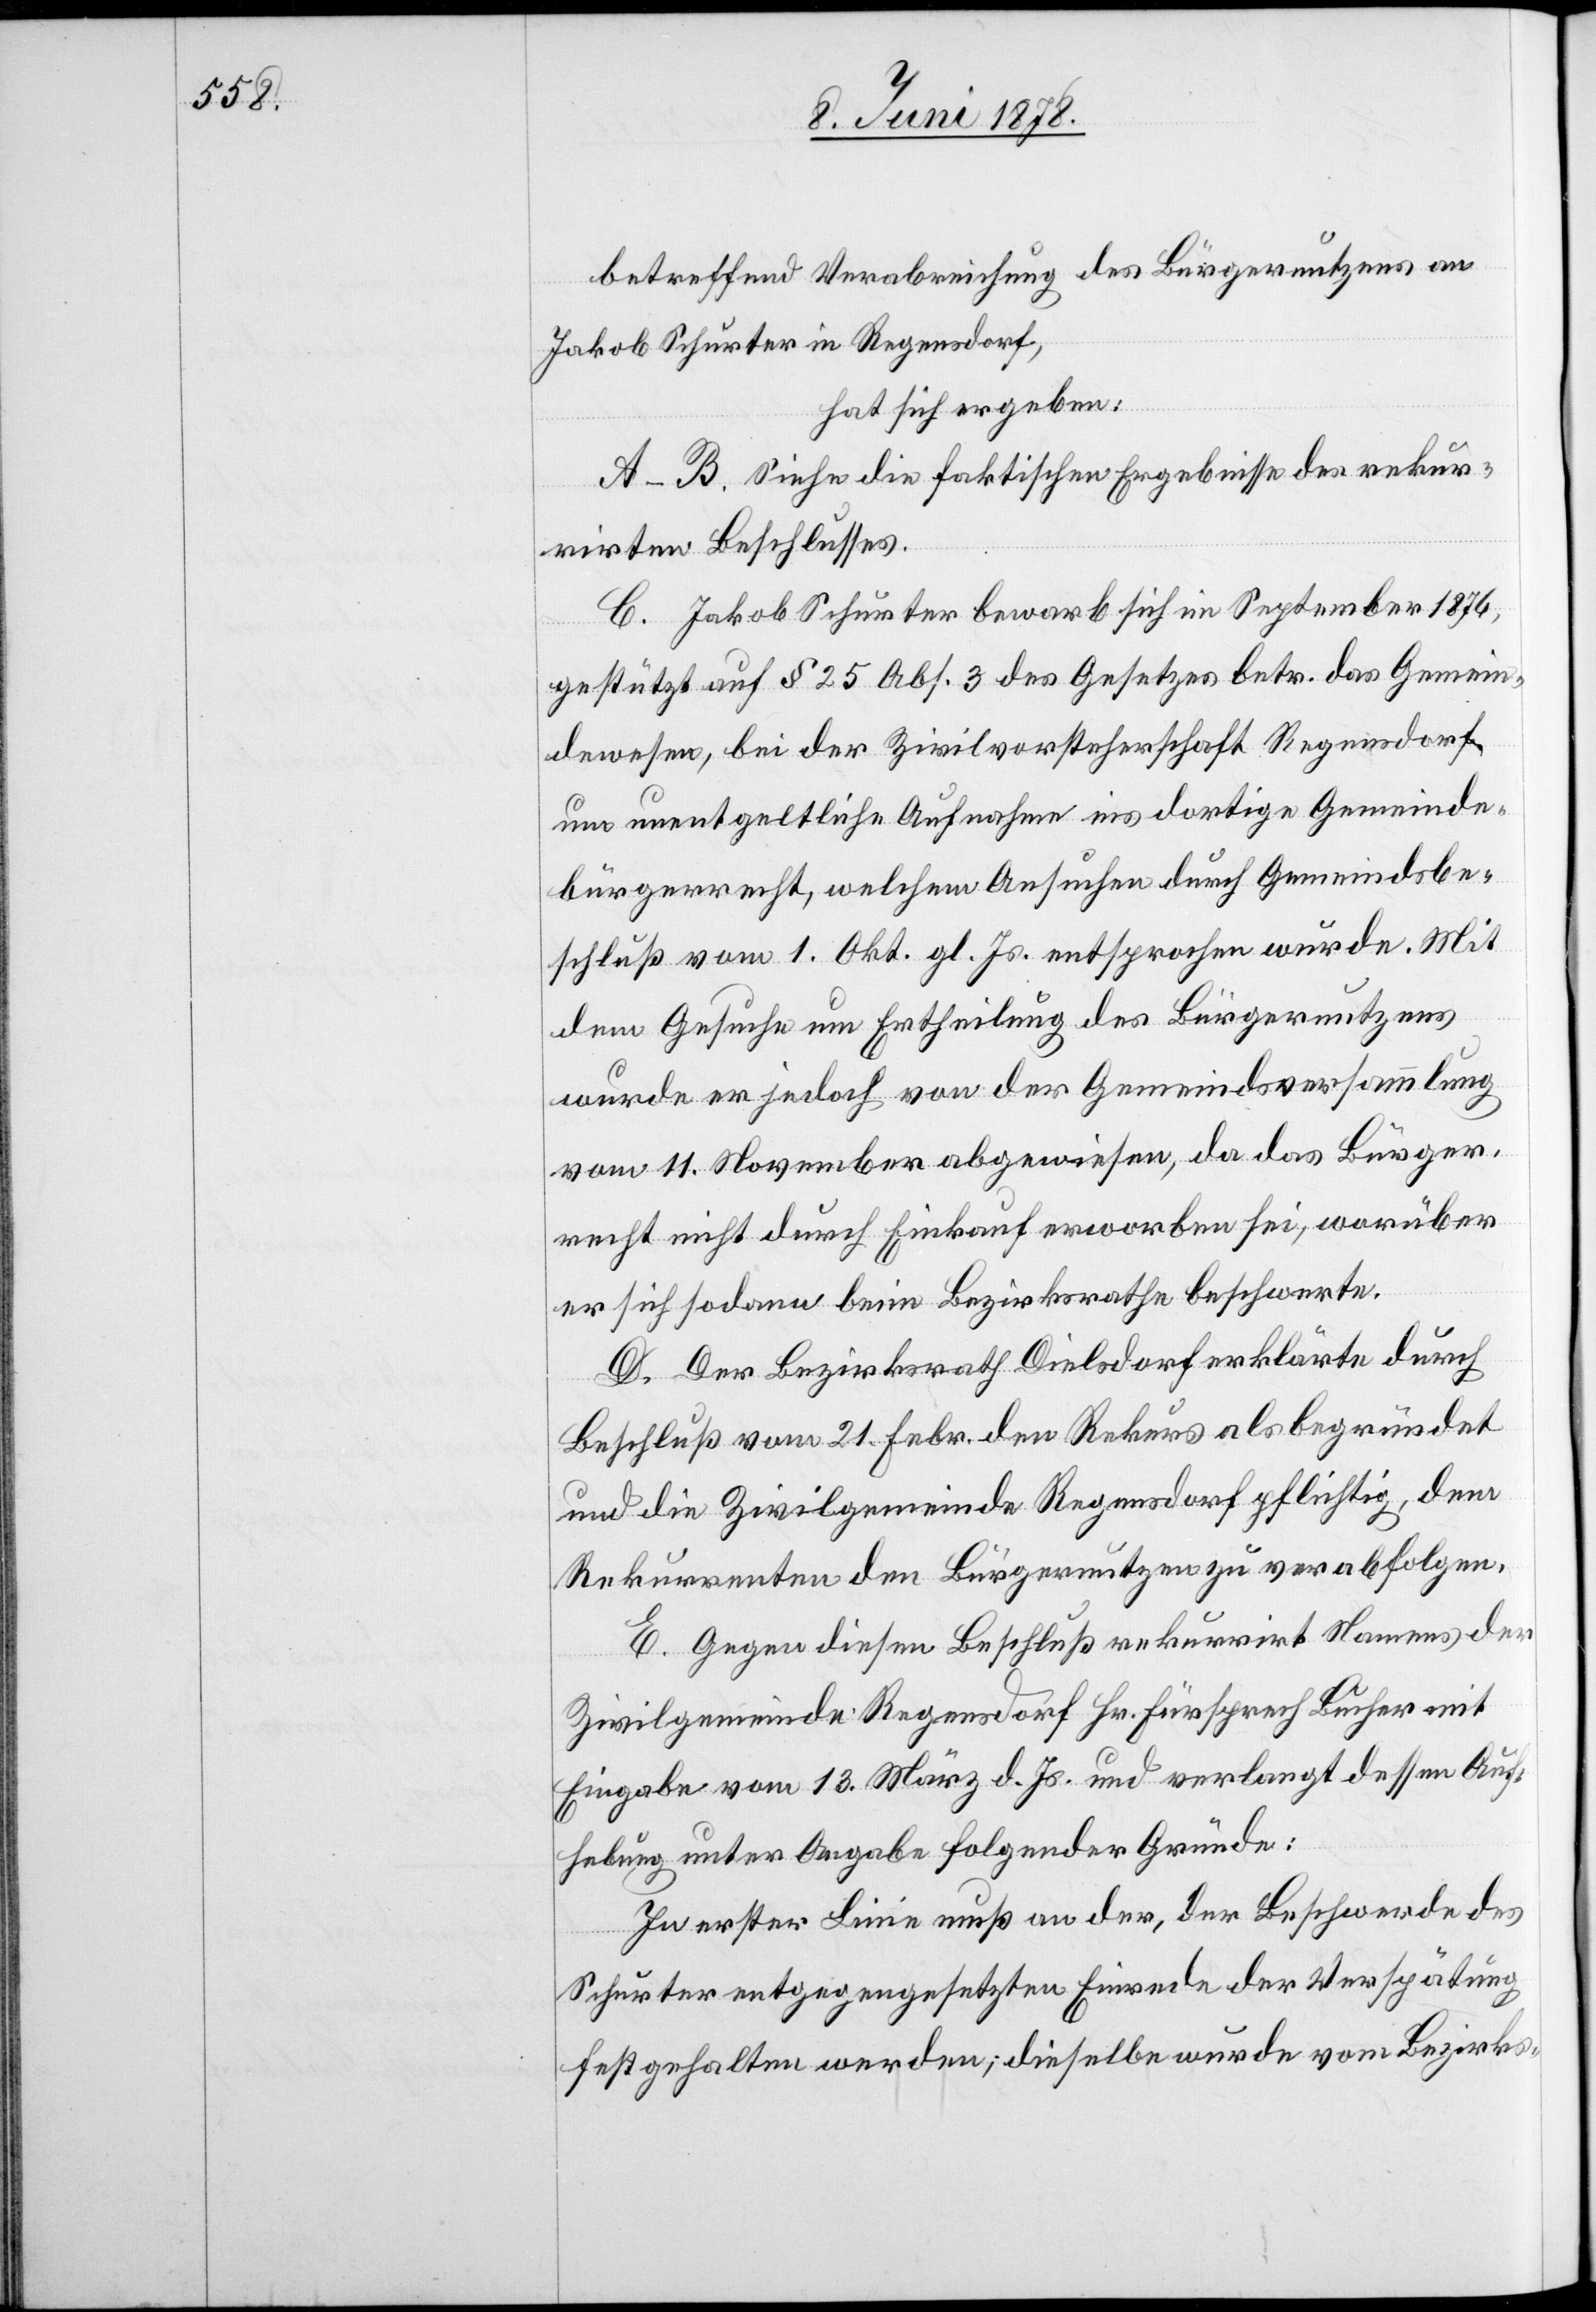
betreffend Verabreichung des Bürgernutzens an
Jakob Schuster in Regensdorf,
hat sich ergeben:
A–B. Siehe die faktischen Ergebnisse des rekur¬
rirten Beschlusses.
C. Jakob Schuster bewarb sich im September 1876,
gestützt auf § 25 Abs. 3 des Gesetzes betr. das Gemein¬
dewesen, bei der Zivilvorsteherschaft Regensdorf
um unentgeltliche Aufnahme ins dortige Gemeinde¬
bürgerrecht, welchem Ansuchen durch Gemeindsbe¬
schluß vom 1. Okt. gl. Js. entsprochen wurde. Mit
dem Gesuche um Ertheilung des Bürgernutzens
wurde er jedoch von der Gemeindsversammlung
vom 11. November abgewiesen, da das Bürger¬
recht nicht durch Einkauf erworben sei, worüber
er sich sodann beim Bezirksrathe beschwerte.
D. Der Bezirksrath Dielsdorf erklärte durch
Beschluß vom 21. Febr. den Rekurs als begründet
und die Zivilgemeinde Regensdorf pflichtig, dem
Rekurrenten den Bürgernutzen zu verabfolgen.
E. Gegen diesen Beschluß rekurrirt Namens der
Zivilgemeinde Regensdorf Hr. Fürsprech Bucher mit
Eingabe vom 13. März d. Js. und verlangt dessen Auf¬
hebung unter Angabe folgender Gründe:
In erster Linie muß an der, der Beschwerde des
Schurter entgegengesetzten Einrede der Verspätung
festgehalten werden; dieselbe wurde vom Bezirks-